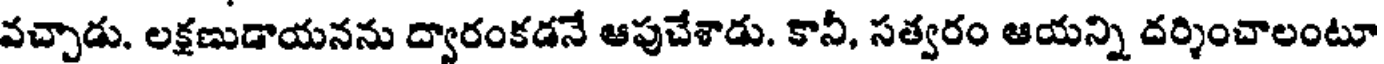
వచ్చాడు. లక్షణుడాయనను ద్వారంకడనే ఆపుచేశాడు. కానీ, సత్వరం ఆయన్ని దర్శించాలంటూ